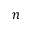
n